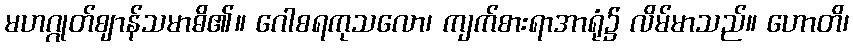
မဟဂ္ဂုတ်ဈာန်သမာဓိ၏။ ဂေါစရကုသလော၊ ကျက်စားရာအာရုံ၌ လိမ်မာသည်။ ဟောတိ၊